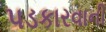
પડકારવાની